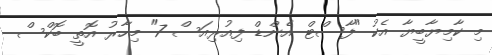
މި ކާމިޔާބީޔާ އެކު "ފާސްޓް އެންޑް ފިއުރިއަސް 7" މިހާރު އޮތީ ބޮކްސް